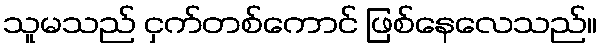
သူမသည် ငှက်တစ်ကောင် ဖြစ်နေလေသည်။